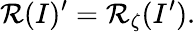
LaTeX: {\cal R}(I)^{\prime}={\cal R}_{\zeta}(I^{\prime}).